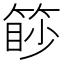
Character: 篎